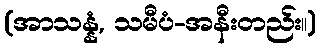
(အာသန္နံ, သမီပံ-အနီးတည်း။)